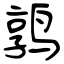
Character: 鹑